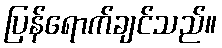
ပြန်ရောက်ချင်သည်။